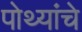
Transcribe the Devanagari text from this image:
पोथ्यांचे